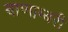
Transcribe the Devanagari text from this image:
बाणाम्बरी